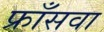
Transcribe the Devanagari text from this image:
फ्राँसवा